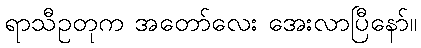
ရာသီဥတုက အတော်လေး အေးလာပြီနော်။